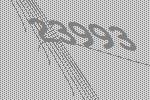
23993